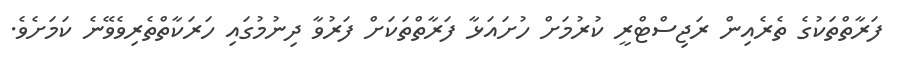
ފަރާތްތަކުގެ ތެރެއިން ރަޖިސްޓްރީ ކުރުމަށް ހުށައަޅާ ފަރާތްތަކަށް ފަރުވާ ދިނުމުގައި ހަރަކާތްތެރިވެވޭނެ ކަމަށެވެ.